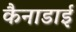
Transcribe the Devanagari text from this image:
कैनाडाई